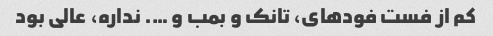
کم از فست فودهای، تانک و بمب و …. نداره، عالی بود